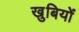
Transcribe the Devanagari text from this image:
खुबियों